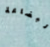
البضاعة